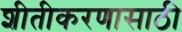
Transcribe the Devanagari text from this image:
शीतीकरणासाठी